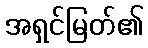
အရှင်မြတ်၏